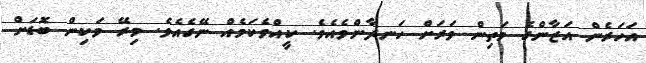
އަހަރެން އަޒާންގެ މަތިން ވަރަށް ހަނދާންވެއެވެ. ކީއްވެކަމެއް ނޭގެއެވެ. މިރޭ ވަކިން ބޮޑަށް